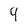
Character: 4